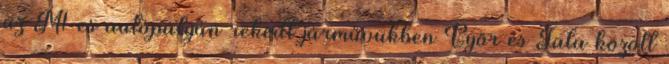
az M1-es autópályán rekedt járművükben Győr és Tata között